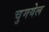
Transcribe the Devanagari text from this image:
चुमयेल